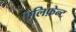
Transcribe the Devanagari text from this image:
एलिफ़ेन्ट